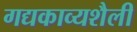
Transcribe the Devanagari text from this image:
गद्यकाव्यशैली